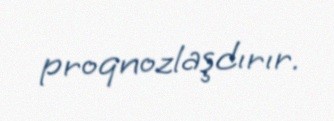
proqnozlaşdırır.